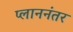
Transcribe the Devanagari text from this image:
प्लाननंतर